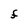
Character: F